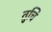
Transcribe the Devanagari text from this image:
तुचि